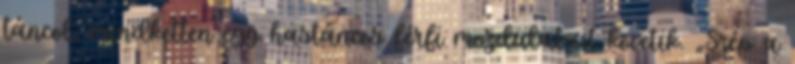
táncol, mindketten egy hastáncos férfi mozdulatait követik. „Szép a